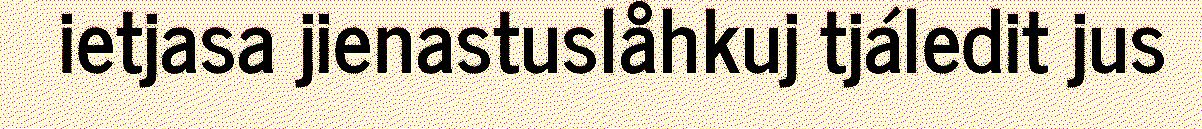
ietjasa jienastuslåhkuj tjáledit jus